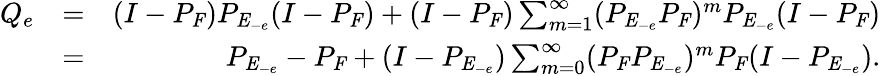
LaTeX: \begin{array}{rlr}{Q_{e}}&{=}&{(I-P_{\mathit{F}})P_{\mathit{E}_{-e}}(I-P_{\mathit{F}})+(I-P_{\mathit{F}})\sum_{m=1}^{\infty}(P_{\mathit{E}_{-e}}P_{\mathit{F}})^{m}P_{\mathit{E}_{-e}}(I-P_{\mathit{F}})}\\ &{=}&{P_{\mathit{E}_{-e}}-P_{\mathit{F}}+(I-P_{\mathit{E}_{-e}})\sum_{m=0}^{\infty}(P_{\mathit{F}}P_{\mathit{E}_{-e}})^{m}P_{\mathit{F}}(I-P_{\mathit{E}_{-e}}).}\end{array}